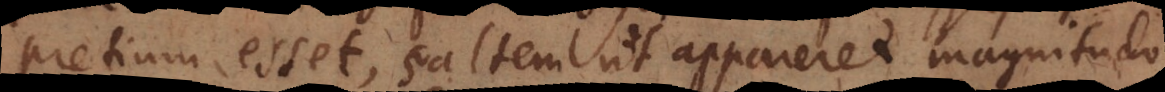
pretium esset, saltem ut appareret magnitudo